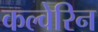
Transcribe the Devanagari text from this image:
कल्वेरिन